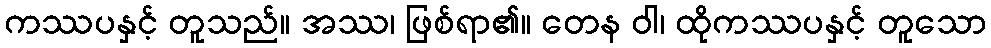
ကဿပနှင့် တူသည်။ အဿ၊ ဖြစ်ရာ၏။ တေန ဝါ၊ ထိုကဿပနှင့် တူသော